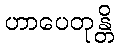
ဟာပေတုန္တိ